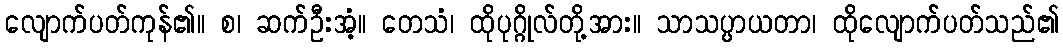
လျောက်ပတ်ကုန်၏။ စ၊ ဆက်ဦးအံ့။ တေသံ၊ ထိုပုဂ္ဂိုလ်တို့အား။ သာသပ္ပာယတာ၊ ထိုလျောက်ပတ်သည်၏